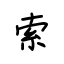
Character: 索